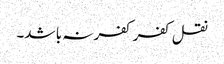
نقل کفر کفر نہ با شد۔